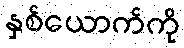
နှစ်ယောက်ကို